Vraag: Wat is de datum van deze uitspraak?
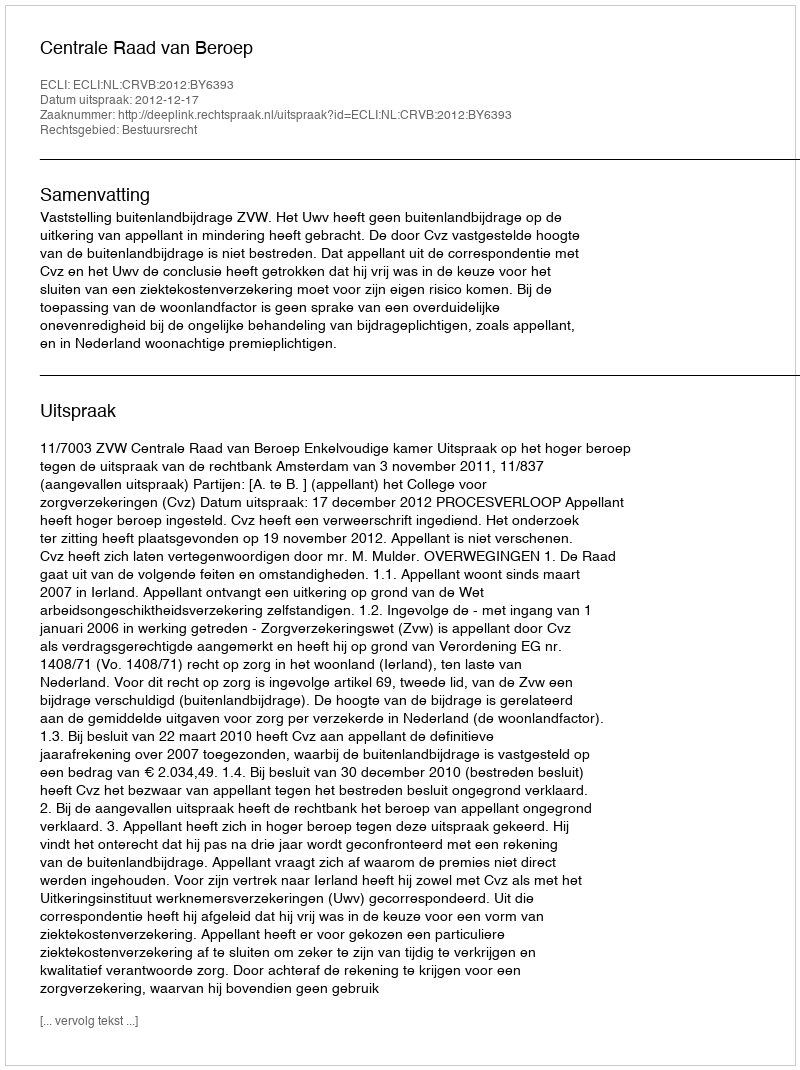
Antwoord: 2012-12-17